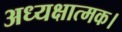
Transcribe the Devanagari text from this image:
अध्यक्षात्मक।